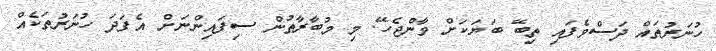
ހުނަރުތައް ދަސްވެފައި ތިބޭ ބަޔަކަށް ވާންޖެހޭ. މި މުބާރާތުން ސިފައިންނަށް އެފަދަ ހުނަރުތަކެއް